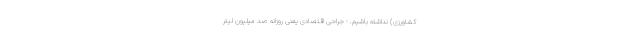
کشاورزی) نداشته باشیم. - جراحی اقتصادی یعنی روزانه صد میلیون لیتر